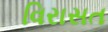
વિરાસત